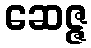
ဆေဇ္ဇ